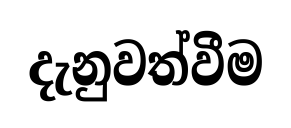
දැනුවත්වීම